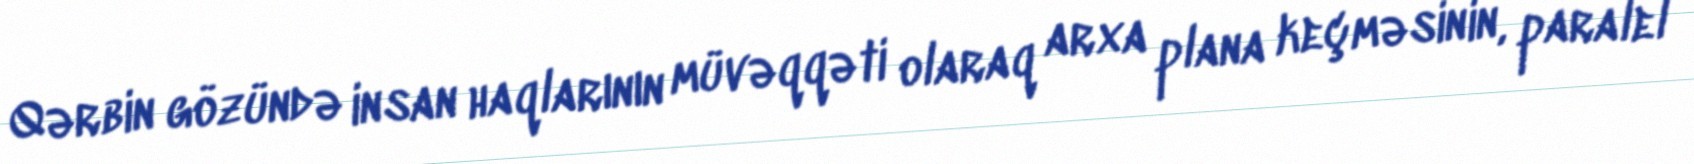
Qərbin gözündə insan haqlarının müvəqqəti olaraq arxa plana keçməsinin, paralel